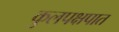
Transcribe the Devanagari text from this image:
कुलपक्षपात